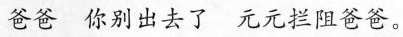
爸爸 你别出去了 元元拦阻爸爸。